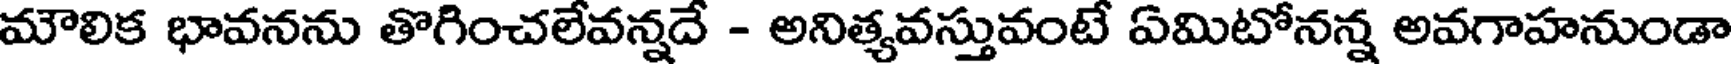
మౌలిక భావనను తొగించలేవన్నదే - అనిత్యవస్తువంటే ఏమిటోనన్న అవగాహనుండా